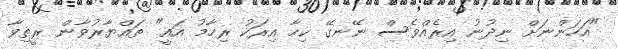
"އަހަންނަށް ނިދުނު އިރެއްވެސް ނޭނގޭ ކިހާ އިރަކު ރިހާމު އައީ" ތައްޔާރުވާން ރީތިވާ